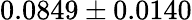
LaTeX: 0.0849\pm 0.0140